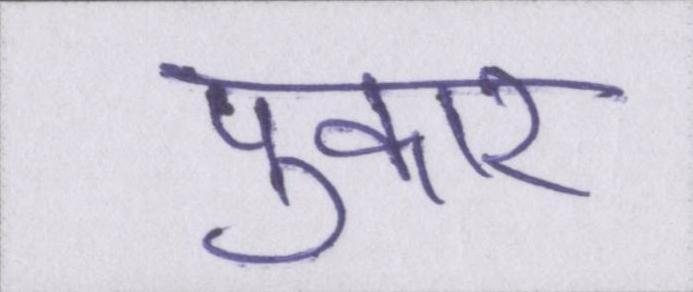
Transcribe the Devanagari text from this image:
पुकार